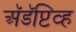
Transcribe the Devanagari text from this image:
अॅडॅप्टिव्ह